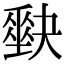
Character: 𡚆